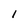
Character: I